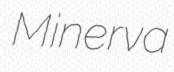
Minerva